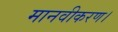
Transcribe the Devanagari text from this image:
मानवीकरण।